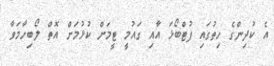
އެ ކުދިންގެ ހިތުގައި ފުޓްބޯޅަ އާއި ގައުމީ ޓީމަށް ކުޅުމަށް އޮތް ލޯބިހާމަވާ